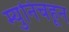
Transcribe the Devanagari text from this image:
म्युनिचहून